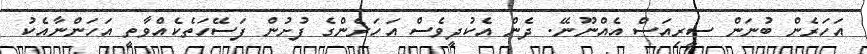
އަހަރެން ބުނަން ސީރިއަސް އެއްނޫނޭ. ދެން އެކުދީވެސް އަހަރެންގެ ފުށުން ފަސޭހަތެކެއްވާތީ އަހަންނާއެކު